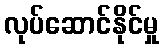
လုပ်ဆောင်နိုင်မှု